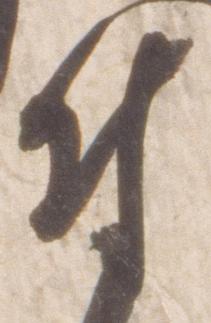
付